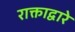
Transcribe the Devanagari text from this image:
राक्ताद्वारे